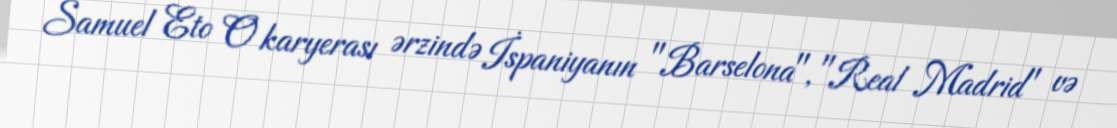
Samuel Eto O karyerası ərzində İspaniyanın "Barselona", "Real Madrid" və